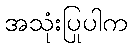
အသုံးပြုပါက